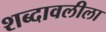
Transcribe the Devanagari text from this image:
शब्दावलीला